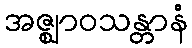
အဇ္ဈာဝသန္တာနံ